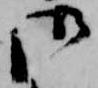
御